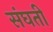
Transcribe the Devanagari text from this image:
संघती